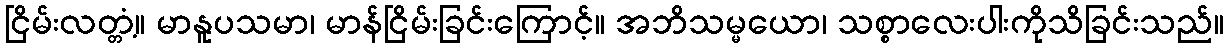
ငြိမ်းလတ္တံ့။ မာနူပသမာ၊ မာန်ငြိမ်းခြင်းကြောင့်။ အဘိသမ္မယော၊ သစ္စာလေးပါးကိုသိခြင်းသည်။